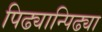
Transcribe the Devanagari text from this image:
पिढ्यान्पिढ्या